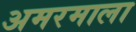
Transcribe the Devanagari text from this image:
अमरमाला